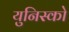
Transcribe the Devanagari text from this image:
युनिस्को